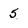
Character: 5